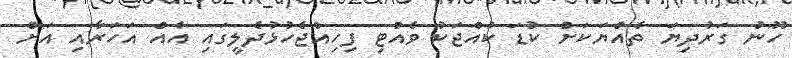
ހޫނު ގަރުދިޔަ ތެއްޔަކަށް ކުޑަ ކުއްޖަކު ވެއްޓި ފިހިއްޖެހުޅުދެލީގައި އެއް އަހަރާއި އަށް